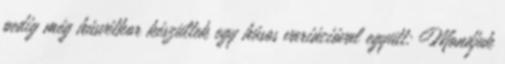
pedig még húsvétkor készültek egy húsos variációval együtt: Mondjuk